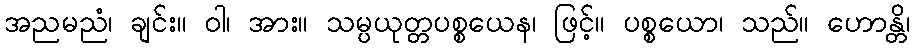
အညမညံ၊ ချင်း။ ဝါ၊ အား။ သမ္ပယုတ္တပစ္စယေန၊ ဖြင့်။ ပစ္စယော၊ သည်။ ဟောန္တိ၊